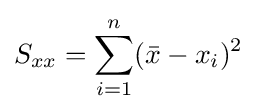
S_{xx}=\sum _{i=1}^{n}({\bar {x}}-x_{i})^{2}